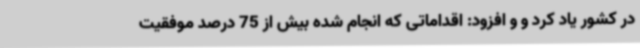
در کشور یاد کرد و و افزود: اقداماتی که انجام شده بیش از 75 درصد موفقیت